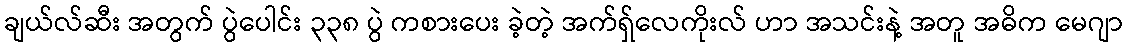
ချယ်လ်ဆီး အတွက် ပွဲပေါင်း ၃၃၈ ပွဲ ကစားပေး ခဲ့တဲ့ အက်ရှ်လေကိုးလ် ဟာ အသင်းနဲ့ အတူ အဓိက မေဂျာ